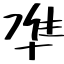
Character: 凖